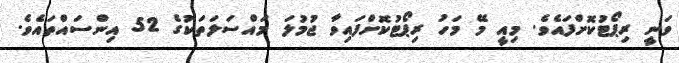
ވަނީ ރިޕޯޓުކޮށްފައެވެ. މިއީ މޭ މަހު ރިޕޯޓުކޮށްފައިވާ ޖުމުލަ މައްސަލަތަކުގެ 52 އިންސައްތައެވެ.